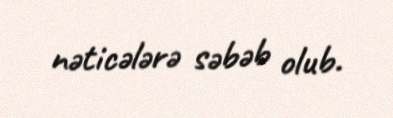
nəticələrə səbəb olub.